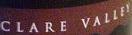
CLARE VALLEY